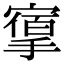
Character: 𢳔